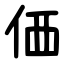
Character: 価